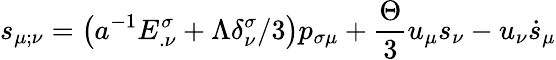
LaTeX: s_{\mu;\nu}=\left(a^{-1}E_{.\nu}^{\sigma}+\Lambda\delta_{\nu}^{\sigma}/3\right)p_{\sigma\mu}+\frac{\Theta}{3}u_{\mu}s_{\nu}-u_{\nu}\dot{s}_{\mu}